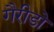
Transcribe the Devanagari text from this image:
गैरीडो